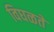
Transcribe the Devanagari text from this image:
विघळते